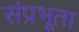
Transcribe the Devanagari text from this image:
संप्रभूता